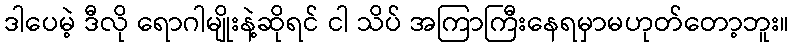
ဒါပေမဲ့ ဒီလို ရောဂါမျိုးနဲ့ဆိုရင် ငါ သိပ် အကြာကြီးနေရမှာမဟုတ်တော့ဘူး။